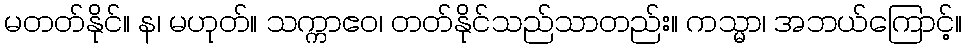
မတတ်နိုင်။ န၊ မဟုတ်။ သက္ကာဧဝ၊ တတ်နိုင်သည်သာတည်း။ ကသ္မာ၊ အဘယ်ကြောင့်။